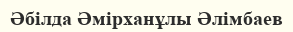
Әбілда Әмірханұлы Әлімбаев